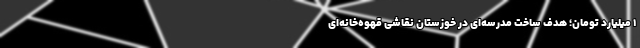
1 میلیارد تومان؛ هدف ساخت مدرسه‌ای در خوزستان نقاشی قهوه‌خانه‌ای